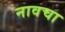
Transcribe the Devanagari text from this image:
नावचा